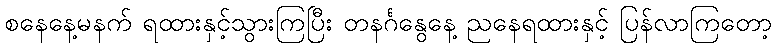
စနေနေ့မနက် ရထားနှင့်သွားကြပြီး တနင်္ဂနွေနေ့ ညနေရထားနှင့် ပြန်လာကြတော့